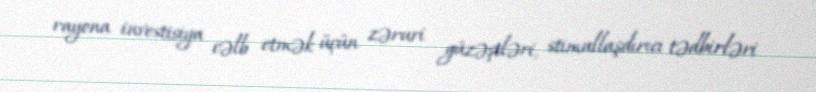
rayona investisiya cəlb etmək üçün zəruri güzəştləri, stimullaşdırıcı tədbirləri